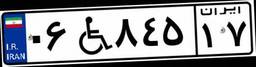
۵۰W۰۴۱۰۹